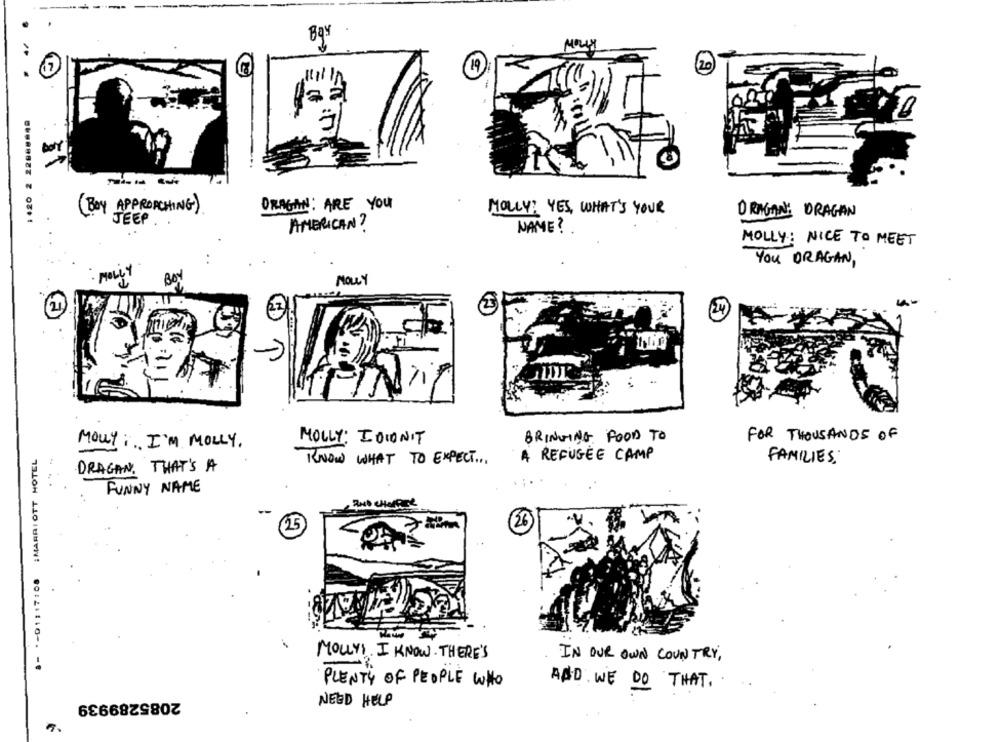
Bay
Ma
20
19)
-
1420 2 22868849
DRAGAN: ARE YOU
( BOY APPROACHING)
MOLLY: YES, WHAT'S YOUR
DRAGAN: DRAGAN
JEEP
AMERICAN?
NAME ?
MOLLY: NICE TO MEET
You ORAGAN,
MoLey
MOLLY
BRINGING FOOD TO
FOR THOUSANDS OF
MOUY ;.. I'M MOLLY.
MOLLY: IDIDN'T
8- *- 01:17:08 :MARRIOTT HOTEL
KNOW WHAT TO EXPECT ...
A REFUGEE CAMP
FAMILIES:
DRAGAN, THAT'S A
FUNNY NAME
15
26
MOLLYI. I KNOW. THERE'S
IN OUR OWN COUNTRY,
PLENTY OF PEOPLE WHO
AND WE DO THAT ..
2085289939
NEED HELP